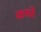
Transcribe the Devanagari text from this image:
कप्री